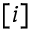
[ i ]